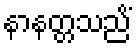
နာနတ္တသညိံ